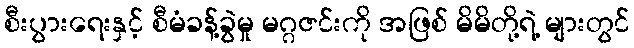
စီးပွားရေးနှင့် စီမံခန့်ခွဲမှု မဂ္ဂဇင်းကို အဖြစ် မိမိတို့ရဲ့ များတွင်